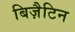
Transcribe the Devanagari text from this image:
बिज़ैटिन